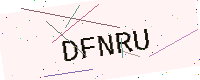
Text: DFNRU